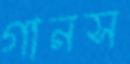
গানস